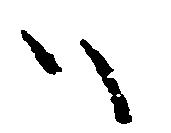
ハ